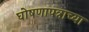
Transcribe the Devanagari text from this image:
घोषणापत्राच्या